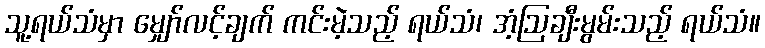
သူ့ရယ်သံမှာ မျှော်လင့်ချက် ကင်းမဲ့သည့် ရယ်သံ၊ အံ့ဩချီးမွမ်းသည့် ရယ်သံ။